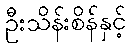
ဦးသိန်းစိန်နှင့်